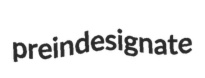
preindesignate